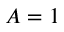
A = 1